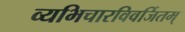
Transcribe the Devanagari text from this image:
व्यभिचारविवर्जितम्